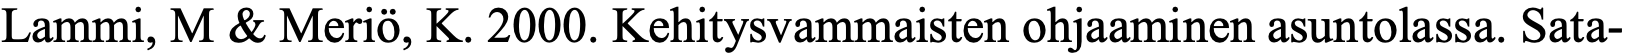
Lammi, M & Meriö, K. 2000. Kehitysvammaisten ohjaaminen asuntolassa. Sata-